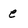
Character: e